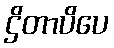
ဌိတာပိပေ